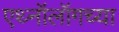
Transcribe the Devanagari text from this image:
एथ्नॉलॉगच्या